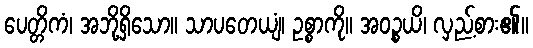
ပေတ္တိကံ၊ အဘို့ရှိသော။ သာပတေယျံ၊ ဥစ္စာကို။ အဝဉ္စယိ၊ လှည့်စား၏။